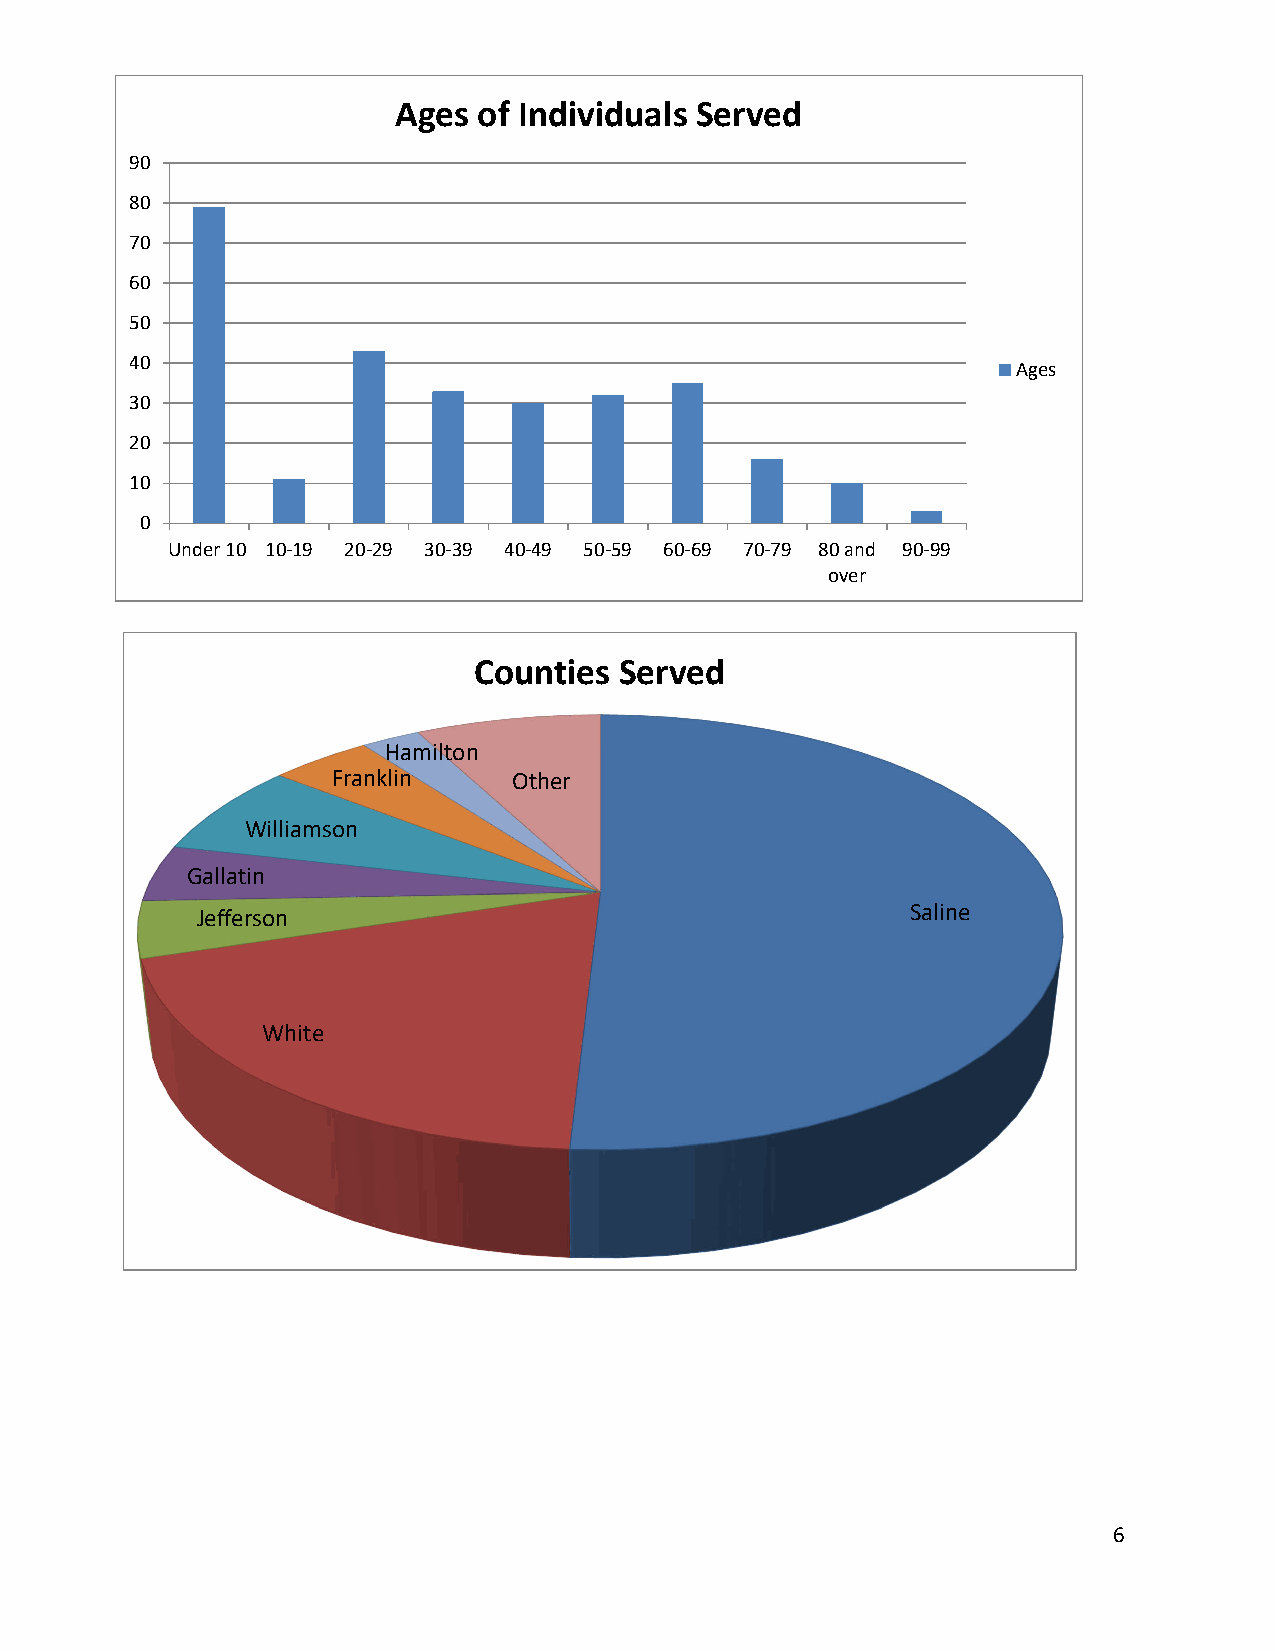
Ages  of Individuals Served
 90
 80
 70
 60
 50
 40
 Ages
 30
 20
 10
 0
 Under 10 10‐19 20‐29 30‐39 40‐49 50‐59 60‐69 70‐79 80 and 90‐99
 over
 Counties  Served
 Hamilton
 Franklin    Other
 Williamson
 Gallatin
 Saline
 Jefferson
 White
 6